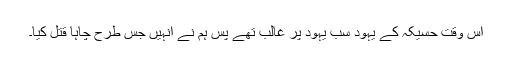
اس وقت حُسَیْکَہ کے یہود سب یہود پر غالب تھے پس ہم نے انہیں جس طرح چاہا قتل کیا۔